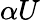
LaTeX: \alpha U